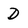
Character: D